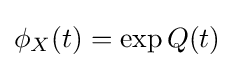
{\textstyle \phi _{X}(t)=\exp Q(t)}